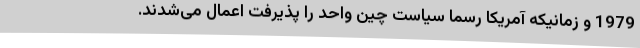
1979 و زمانیکه آمریکا رسما سیاست چین واحد را پذیرفت اعمال می‌شدند.